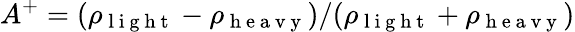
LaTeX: A^{+}=(\rho_{\mathrm{~l~i~g~h~t~}}-\rho_{\mathrm{~h~e~a~v~y~}})/(\rho_{\mathrm{~l~i~g~h~t~}}+\rho_{\mathrm{~h~e~a~v~y~}})